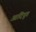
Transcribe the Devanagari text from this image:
आदिदूत